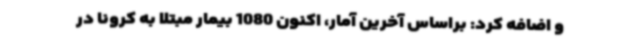
و اضافه کرد: براساس آخرین آمار، اکنون 1080 بیمار مبتلا به کرونا در